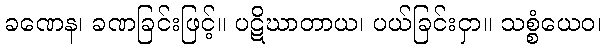
ခဏေန၊ ခဏခြင်းဖြင့်။ ပဋိဃာတာယ၊ ပယ်ခြင်းငှာ။ သစ္စံယေဝ၊